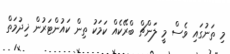
މި ތަނުގައި ވެސް މީ ލަންޗް ބްރޭކެއް ކަމަކު ތިން ކައުންޓަރުން ޚިދުމަތް